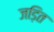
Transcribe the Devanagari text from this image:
जड़ित